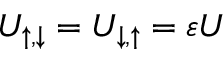
U _ { \uparrow , \downarrow } = U _ { \downarrow , \uparrow } = \varepsilon U